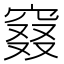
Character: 窡